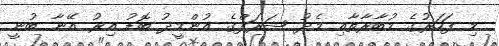
މި ފަހަރުގެ މުބާރާތާއި މެދު ޝަރަފްގެ އުންމީދު ބޮޑު އިރު އޭނާ ބުނީ